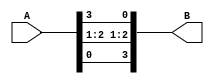
module simple(A, B);
    input [3:0] A;
    output [3:0] B;

    // mix up the input bits
    assign B = { A[0], A[2], A[1], A[3] };

endmodule